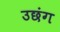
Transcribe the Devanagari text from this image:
उछंग